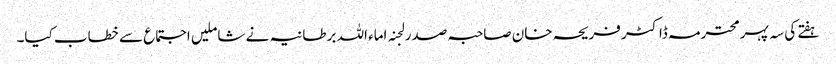
ہفتے کی سہ پہرمحترمہ ڈاکٹر فریحہ خان صاحبہ صدر لجنہ اماء اللہ برطانیہ نے شاملیں اجتماع سے خطاب کیا۔